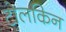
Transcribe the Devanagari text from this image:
टोलकिन